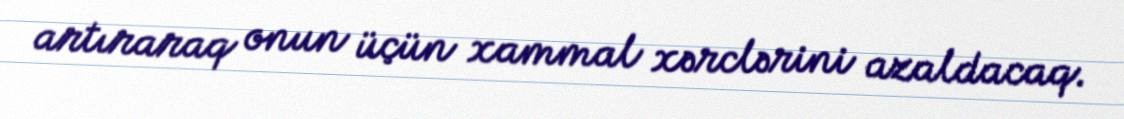
artıraraq onun üçün xammal xərclərini azaldacaq.